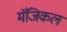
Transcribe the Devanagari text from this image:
मॅजिकल